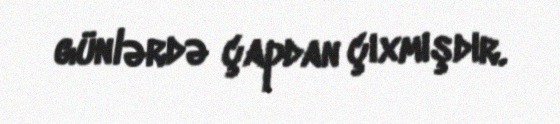
günlərdə çapdan çıxmışdır.